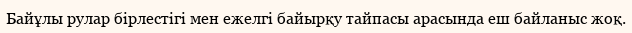
Байұлы рулар бірлестігі мен ежелгі байырқу тайпасы арасында еш байланыс жоқ.